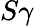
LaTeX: S\gamma